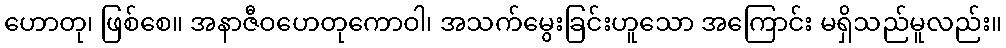
ဟောတု၊ ဖြစ်စေ။ အနာဇီဝဟေတုကောဝါ၊ အသက်မွေးခြင်းဟူသော အကြောင်း မရှိသည်မူလည်း။